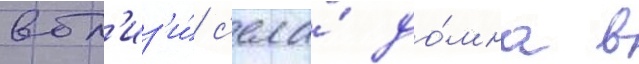
вбл'из'и́ с'ела́ до́мна в